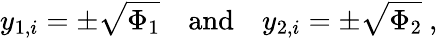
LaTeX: y_{1,i}=\pm\sqrt{\Phi_{1}}\quad\mathrm{and}\quad y_{2,i}=\pm\sqrt{\Phi_{2}}\ ,